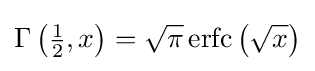
\Gamma \left({\tfrac {1}{2}},x\right)={\sqrt {\pi }}\operatorname {erfc} \left({\sqrt {x}}\right)